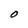
Character: O